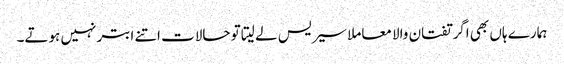
ہمارے ہاں بھی اگر تفتان والا معاملا سیریس لے لیتا تو حالات اتنے ابتر نہیں ہوتے۔